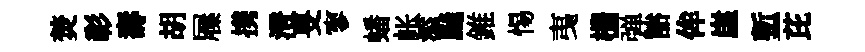
焚彰壽胡屧携澄旻寥蟠帐添飇錐惕𢎯栅弹豁侔崖塹芘